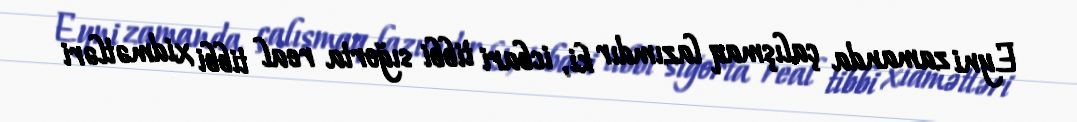
Eyni zamanda çalışmaq lazımdır ki, icbari tibbi sığorta real tibbi xidmətləri